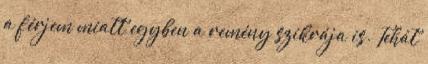
a férjem miatt egyben a remény szikrája is. Tehát